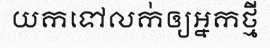
យកទៅលក់ឲ្យអ្នកថ្មី